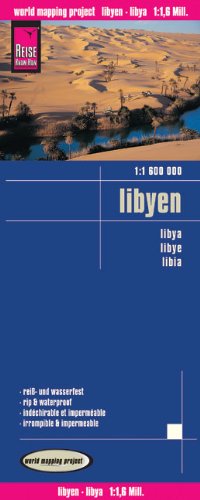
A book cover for Libya; Reise Know-How Verlag; Travel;